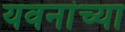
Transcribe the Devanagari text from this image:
यवनांच्या